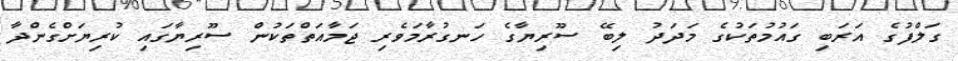
ގަލްފުގެ އަރަބި ގައުމުތަކުގެ މަދަދު ލިބޭ ސޫރިޔާގެ ހަނގުރާމަވެރި ޖަމާއަތްތަކުން ސޫރިޔާގައި ކުރިޔަށްގެންދާ